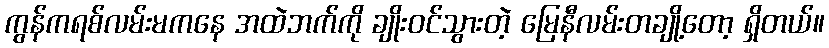
ကွန်ကရစ်လမ်းမကနေ အထဲဘက်ကို ချိုးဝင်သွားတဲ့ မြေနီလမ်းတချို့တော့ ရှိတယ်။